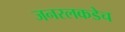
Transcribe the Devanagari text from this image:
जनरलकडेच